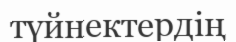
түйнектердің